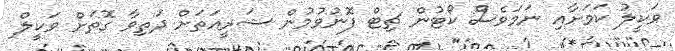
ވަކީލު ކަމަށާއި ނަަމަވެސް ކޯޓުން ޗިޓް ފޮނުވުމުން ޝަރީއަތަށް ދަތިވާ ގޮތަށް ވަކީލް